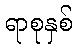
ရာစုနှစ်